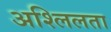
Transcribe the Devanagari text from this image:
अश्लिलता